Scientific memoirs by medical officers of the Army of India - Part V,
Year: 1890
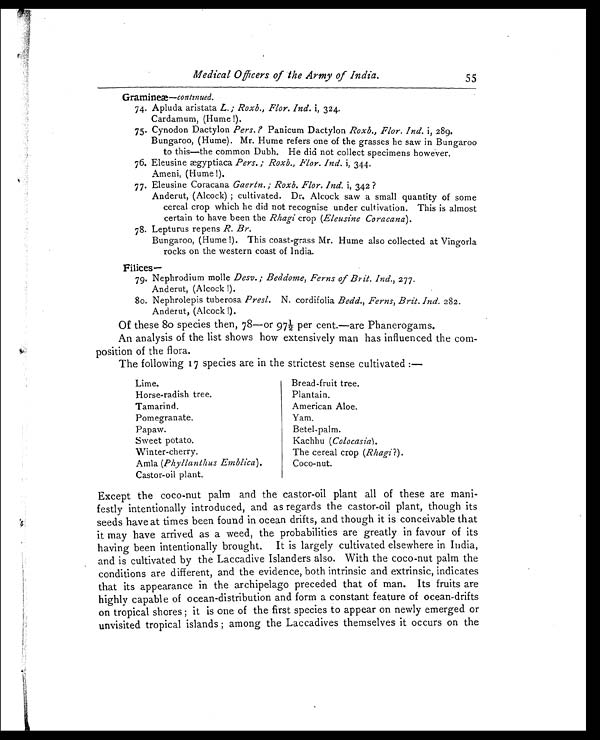
Medical Officers of the Army of India.
Gramineæ—continued.
74. Apluda aristata L.; Roxb., Flor. Ind. i, 324
. Cardamum, (Hume!).
75. Cynodon Dactylon Pers.? Panicum Dactylon Roxb., Flor. Ind. i, 289.
Bungaroo, (Hume). Mr. Hume refers one of the grasses he saw in Bungaroo
to this—the common Dubh. He did not collect specimens however.
76. Eleusine ægyptiaca Pers.; Roxb., Flor. Ind. i, 344.
Ameni, (Hume!).
77. Eleusine Coracana Gaertn.; Roxb. Flor. Ind. i, 342?
Anderut, (Alcock); cultivated. Dr. Alcock saw a small quantity of some
cereal crop which he did not recognise under cultivation. This is almost
certain to have been the Rhagi crop (Eleusine Coracana ) .
78. Lepturus repens R. Br.
Bungaroo, (Hume!). This coast-grass Mr. Hume also collected at Vingorla
rocks on the western coast of India.
Filices—
79. Nephrodium molle Desv.; Beddome, Ferns of Brit. Ind., 277.
Anderut, (Alcock!).
80. Nephrolepis tuberosa Presl. N. cordifolia Bedd., Ferns, Brit. Ind. 282.
Anderut, (Alcock!).
Of these 80 species then, 78—or 971/2 per cent.—are Phanerogams.
An analysis of the list shows how extensively man has influenced the com
-position of the flora.
The following 17 species are in the strictest sense cultivated:—
Lime.
Horse-radish tree.
Tamarind.
Pomegranate.
Papaw.
Sweet potato.
Winter-cherry.
Amla ( Phyllanthus Emblica ) .
Castor-oil plant.
Bread-fruit tree.
Plantain. American Aloe.
Yam. Betel-palm. Kachhu (Colocasia).
T h e c e r e a l c r o p (
R h a g i ?
) .
Coco-nut.
Except the coco-nut palm and the castor-oil plant all of these are mani
- f e s t l y i n t e n t i o n a l l y i n t r o d u c e d , a n d a s r e g a r d s t h e c a s t o r - o i l p l a n t , t h o u g h i t s
seeds have at times been found in ocean drifts, and though it is conceivable that
it may have arrived as a weed, the probabilities are greatly in favour of its
having been intentionally brought. It is largely cultivated elsewhere in India,
and is cultivated by the Laccadive Islanders also. With the coco-nut palm the
conditions are different, and the evidence, both intrinsic and extrinsic, indicates
that its appearance in the archipelago preceded that of man. Its fruits are
highly capable of ocean-distribution and form a constant feature of ocean-drifts
on tropical shores; it is one of the first species to appear on newly emerged or
unvisited tropical islands; among the Laccadives themselves it occurs on the
55